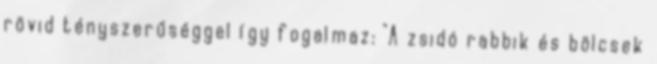
rövid tényszerűséggel így fogalmaz: "A zsidó rabbik és bölcsek